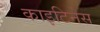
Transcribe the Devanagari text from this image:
काइटिनेस